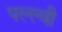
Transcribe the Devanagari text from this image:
पल्ल्वी